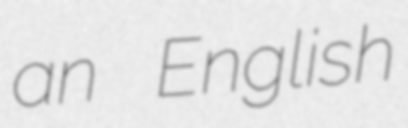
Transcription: an English